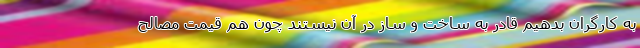
به کارگران بدهیم قادر به ساخت و ساز در آن نیستند چون هم قیمت مصالح